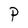
Character: P